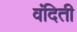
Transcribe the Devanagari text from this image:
वंदिती